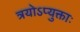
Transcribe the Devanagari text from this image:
त्रयोऽप्युक्ताः